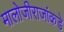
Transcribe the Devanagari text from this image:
मालोजीराजांकडे